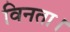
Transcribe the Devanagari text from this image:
विनता।